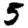
Digit: 5